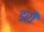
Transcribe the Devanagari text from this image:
डरौं